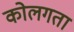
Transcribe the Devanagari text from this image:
कोलगता